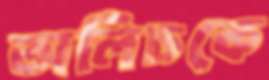
অলিচকে